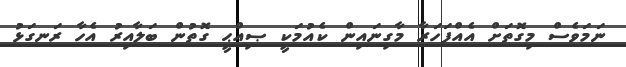
ނަމަވެސް މިގޮތަށް އެއްފަހަރާ މާގިނައިން ކެއުމަކީ ޞިއްޙީ ގޮތުން ބަލާއިރު އެހާ ރަނގަޅު